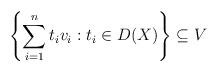
LaTeX: \begin{align*}\left\{ \sum_{i=1}^n t_iv_i: t_i\in D(X)\right\}\subseteq V\end{align*}